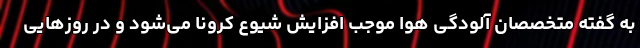
به گفته متخصصان آلودگی هوا موجب افزایش شیوع کرونا می‌شود و در روز‌هایی